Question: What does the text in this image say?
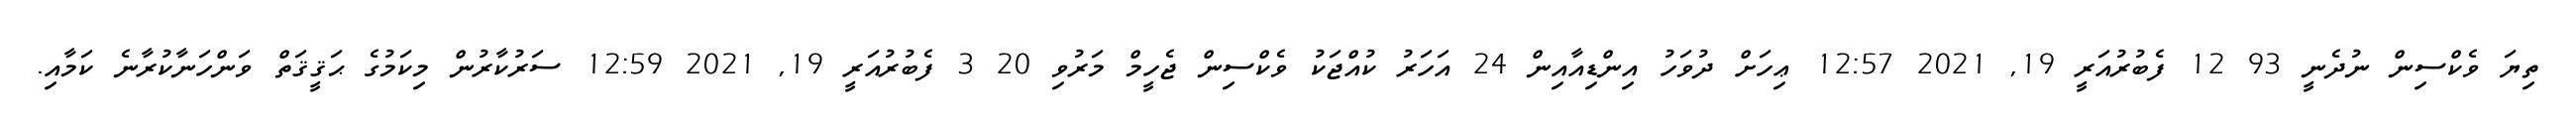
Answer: ތިޔަ ވެކްސިން ނުދެނީ 93 12 ފެބުރުއަރީ 19, 2021 12:57 ޢިހަށް ދުވަހު އިންޑިއާއިން 24 އަހަރު ކުއްޖަކު ވެކްސިން ޖެހީމް މަރުވި 20 3 ފެބުރުއަރީ 19, 2021 12:59 ސަރުކާރުން މިކަމުގެ ޙަޤީޤަތް ވަންހަނާކުރާނެ ކަމާއި.